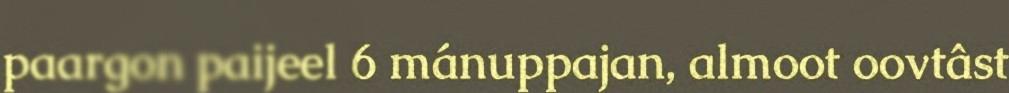
paargon paijeel 6 mánuppajan, almoot oovtâst